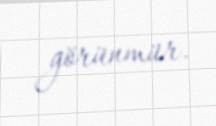
görünmür.